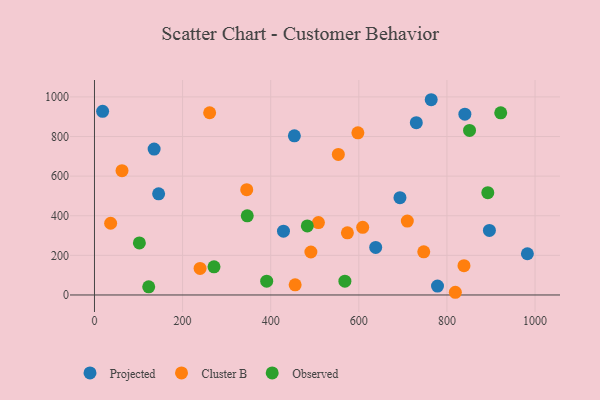
{"axis": {"x": "Speed", "y": "Yield"}, "legend": ["Cluster B", "Observed", "Projected"], "data": [{"x": "453.7", "y": 803.3, "type": "Projected"}, {"x": "693.4", "y": 491.0, "type": "Projected"}, {"x": "18.5", "y": 927.4, "type": "Projected"}, {"x": "840.7", "y": 912.9, "type": "Projected"}, {"x": "145.6", "y": 510.5, "type": "Projected"}, {"x": "730.5", "y": 869.7, "type": "Projected"}, {"x": "429.0", "y": 322.3, "type": "Projected"}, {"x": "135.4", "y": 736.6, "type": "Projected"}, {"x": "638.3", "y": 239.9, "type": "Projected"}, {"x": "764.3", "y": 985.8, "type": "Projected"}, {"x": "982.6", "y": 208.2, "type": "Projected"}, {"x": "896.4", "y": 325.9, "type": "Projected"}, {"x": "778.6", "y": 44.7, "type": "Projected"}, {"x": "455.5", "y": 51.0, "type": "Cluster B"}, {"x": "608.8", "y": 341.3, "type": "Cluster B"}, {"x": "747.4", "y": 217.8, "type": "Cluster B"}, {"x": "597.9", "y": 818.6, "type": "Cluster B"}, {"x": "710.1", "y": 372.9, "type": "Cluster B"}, {"x": "491.2", "y": 216.9, "type": "Cluster B"}, {"x": "508.3", "y": 365.3, "type": "Cluster B"}, {"x": "36.7", "y": 362.0, "type": "Cluster B"}, {"x": "62.5", "y": 627.4, "type": "Cluster B"}, {"x": "553.5", "y": 709.6, "type": "Cluster B"}, {"x": "261.4", "y": 920.0, "type": "Cluster B"}, {"x": "239.7", "y": 133.9, "type": "Cluster B"}, {"x": "574.1", "y": 313.7, "type": "Cluster B"}, {"x": "838.7", "y": 147.9, "type": "Cluster B"}, {"x": "345.6", "y": 531.7, "type": "Cluster B"}, {"x": "819.1", "y": 13.6, "type": "Cluster B"}, {"x": "271.3", "y": 142.0, "type": "Observed"}, {"x": "851.3", "y": 830.6, "type": "Observed"}, {"x": "483.1", "y": 348.5, "type": "Observed"}, {"x": "123.1", "y": 40.9, "type": "Observed"}, {"x": "892.8", "y": 516.7, "type": "Observed"}, {"x": "101.9", "y": 262.9, "type": "Observed"}, {"x": "390.9", "y": 69.4, "type": "Observed"}, {"x": "346.8", "y": 399.7, "type": "Observed"}, {"x": "568.4", "y": 69.8, "type": "Observed"}, {"x": "922.1", "y": 919.9, "type": "Observed"}]}